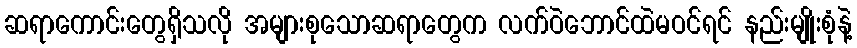
ဆရာကောင်းတွေရှိသလို အများစုသောဆရာတွေက လက်ဝဲဘောင်ထဲမဝင်ရင် နည်းမျိုးစုံနဲ့